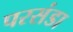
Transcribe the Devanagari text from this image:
परसंडा